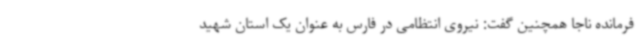
فرمانده ناجا همچنین گفت: نیروی انتظامی در فارس به عنوان یک استان شهید